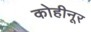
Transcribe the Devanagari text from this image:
कोहीनूर